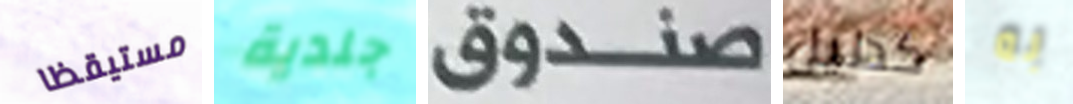
مستيقظا جلدية صندوق كدليل به